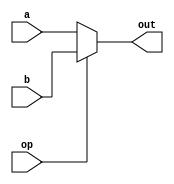
`timescale 1ns / 1ps
//////////////////////////////////////////////////////////////////////////////////
// Company: 
// Engineer: 
// 
// Design Name: 
// Module Name: mux2
// Project Name: 
// Target Devices: 
// Tool Versions: 
// Description: 
// 
// Dependencies: 
// 
// Revision:
// Revision 0.01 - File Created
// Additional Comments:
// 
//////////////////////////////////////////////////////////////////////////////////


module mux2
#(
    parameter WIDTH = 32
)
(
    
    input wire[WIDTH-1:0] a,
    input wire[WIDTH-1:0] b,
    input wire op,
    output wire[WIDTH-1:0] out
);

assign out = (op == 0)? a : b;

endmodule